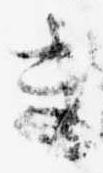
き